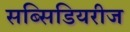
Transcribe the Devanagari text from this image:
सब्सिडियरीज